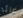
عائد